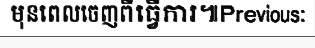
មុនពេលចេញពីធ្វើការ៕Previous: